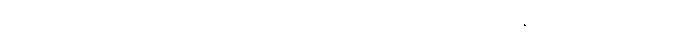
အရာဝတ္ထုများ၏ပြောင်းလဲလှုပ်ရှားခြင်း၊ အညမညဆက်သွယ်နည်းရှိခြင်းတို့အရ